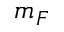
m _ { F }